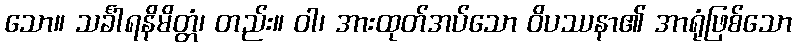
သော။ သင်္ခါရနိမိတ္တံ၊ တည်း။ ဝါ၊ အားထုတ်အပ်သော ဝိပဿနာ၏ အာရုံဖြစ်သော